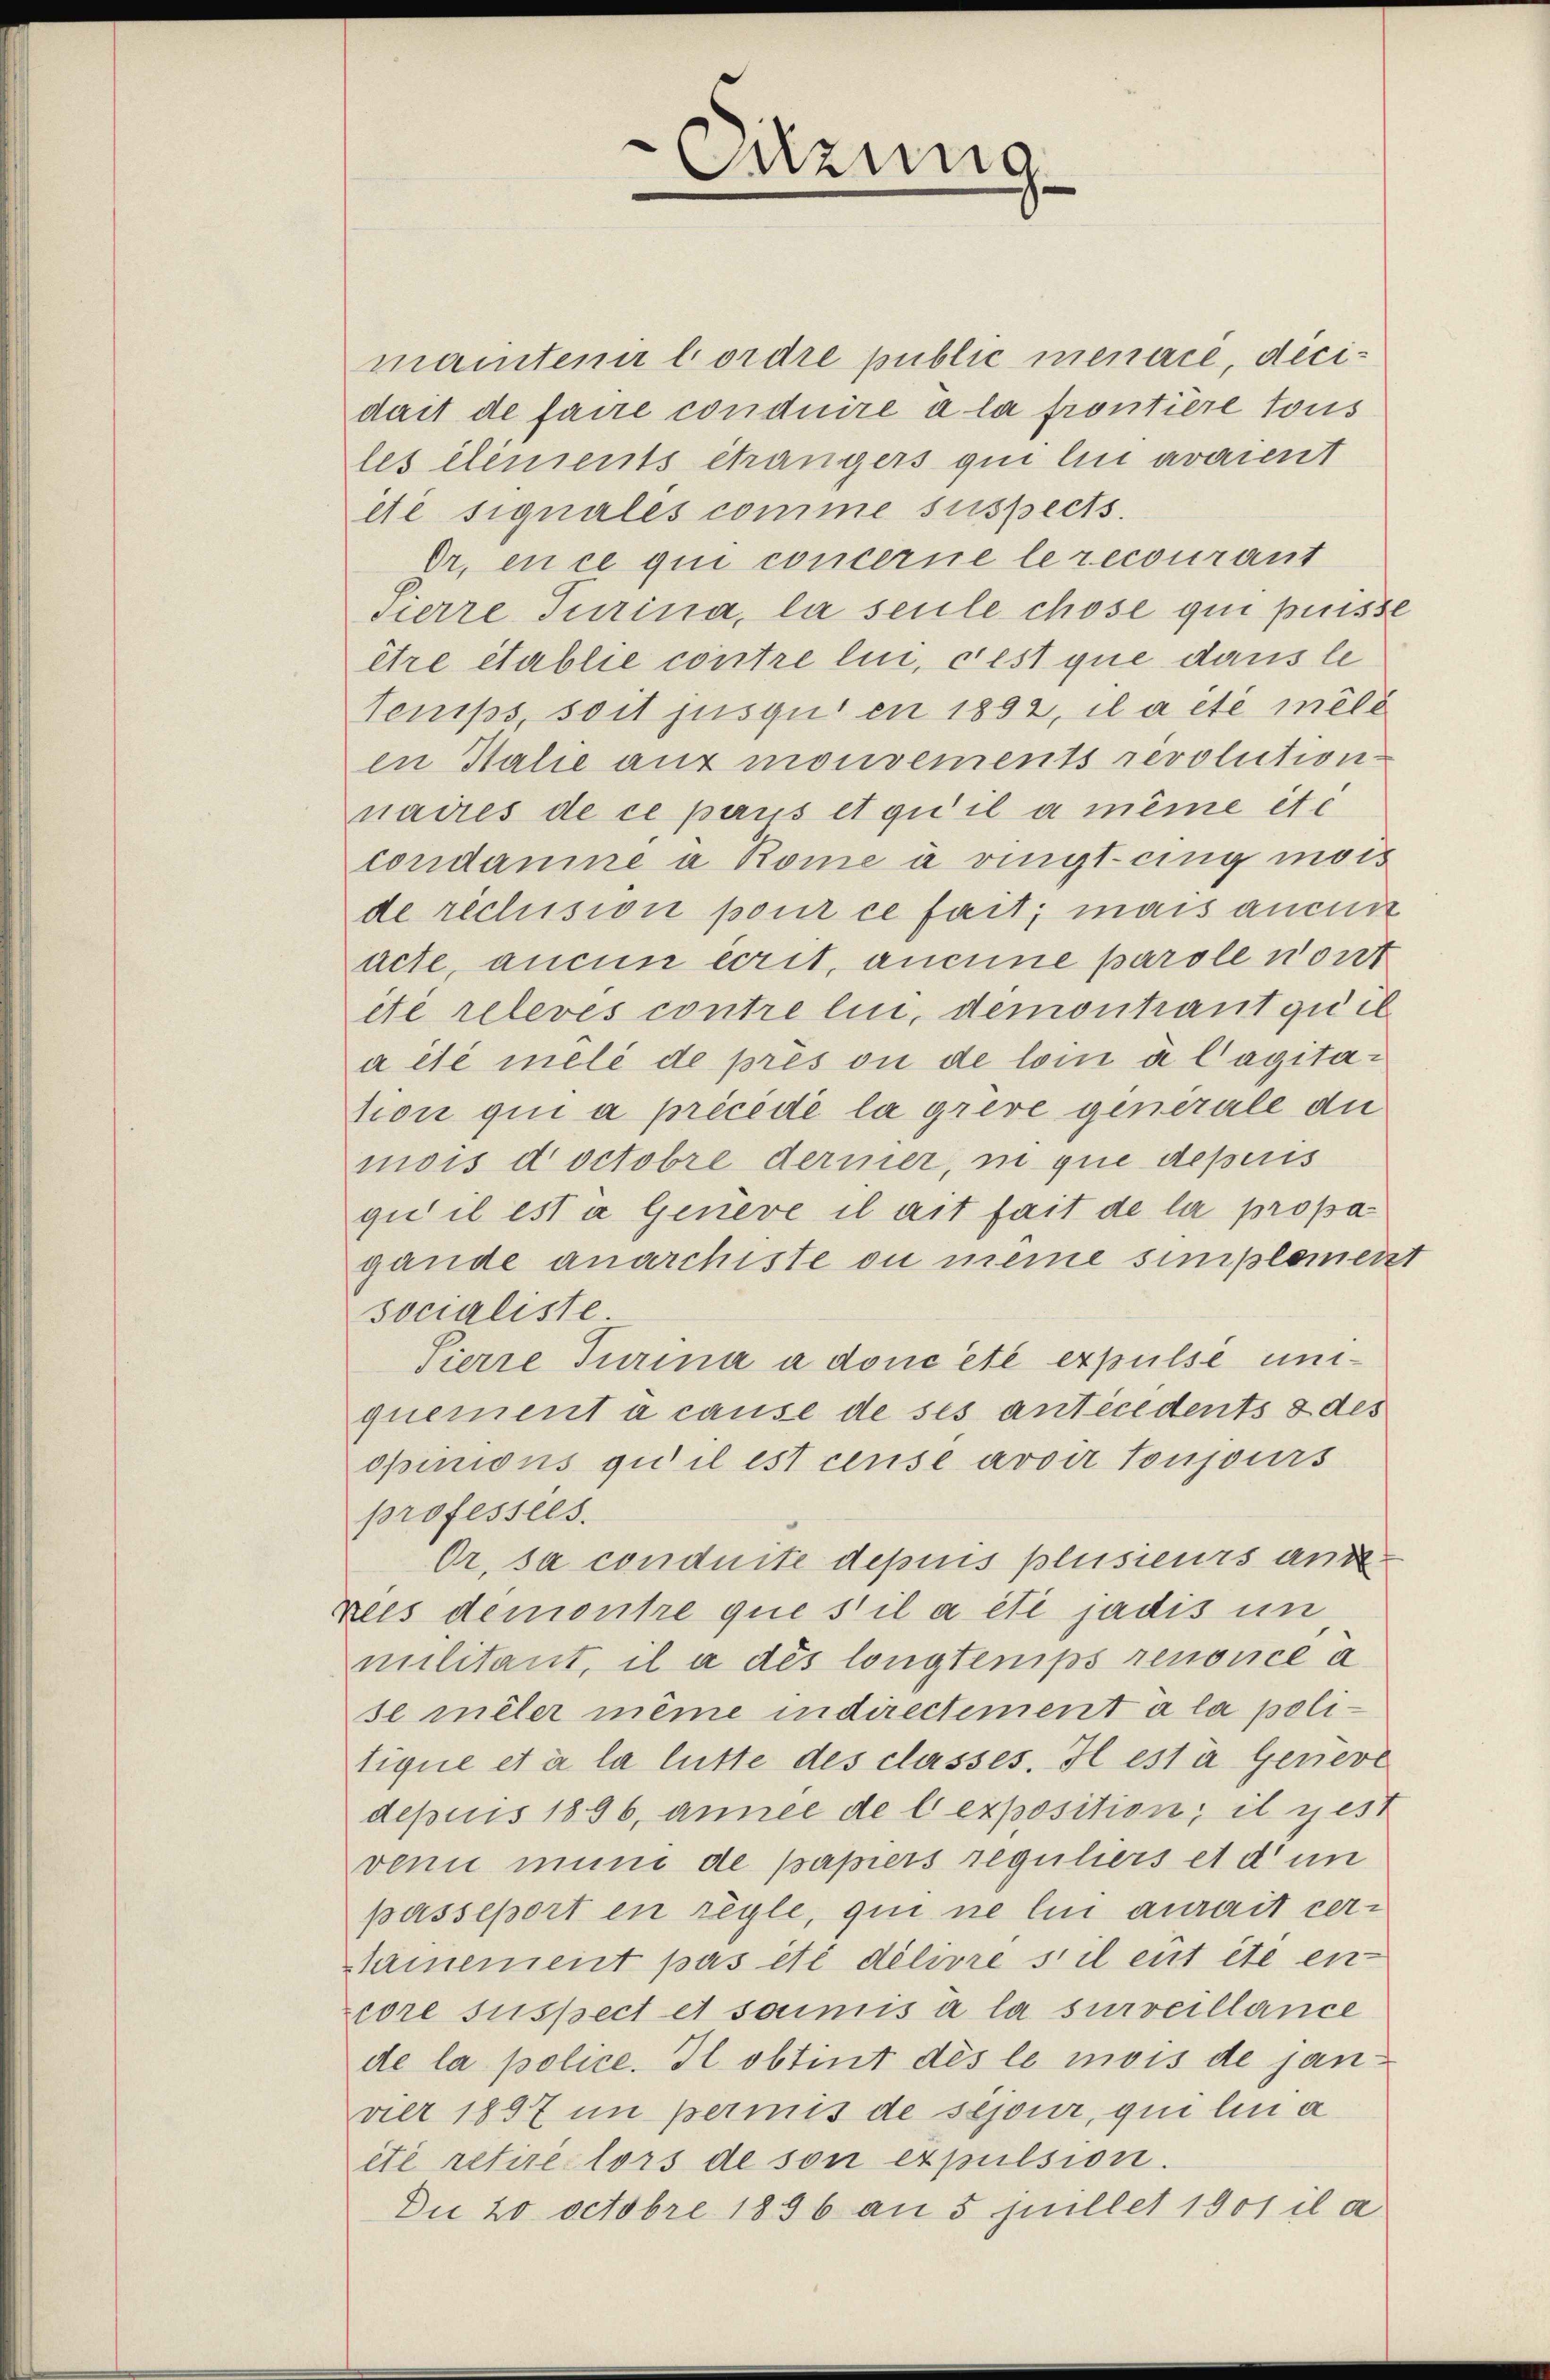
Cutzung

mantenir bordre public menace, dicidait de faire conduire à la frontiere tous
les elements étrangers qui lin avaient
ité signales comme suspects.
Dr. en ce qui concerne le recourant
Sierre Turina, la seule chose qui puisse
être établie contre lui, c’est que dans le
Tenips, soit jusqui en 1892, il a été meld
in Halie aus mouvements revolution
naires de ce pays et qu’il a même etc
condamme a Rome à vingt-cing mois
de rechision pour ce fait; mais anein
acte, aucun écrit, aucune parole vort
été relevés contre lui, demontant quel
a été melé de prés ou de loi a Cagitation qui a précédé la greve generale di
mois doctobre dermer, in que deperis
gii il est a Geneve il ait fait de la propa
gande anarchiste ou meine simplement
socialiste
Sierre Turina a donc été expulse unquement à cause de ses antecedents & des
opinions qu’il est censé avoir toujours
professies.
Or. sa conduite depuis plusieurs ans.
reis demontre que s’il a été judis in
militant, il a dés longtemps renonce a
se meler même indirectement à la politique et à la litte des classes. Il est à Gerieve
depuis 1806, annee de lexposition; il gest
venn mine de papiers reguliers et d’un
passeport en regle, qui ne lin aurait certimement pas été délivre stil ent etc en
core suspect et soumis à la surveillance
de la police. Il obtint dès le mois de janvier 1897 im permis de sejour, qui lin a
été retiré lors de son expulsion.
Du 20 octobre 1896 an 5 juillet 1901 il a